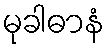
မုခါဓာနံ